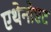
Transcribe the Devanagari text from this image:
एथेनोएट